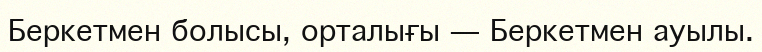
Беркетмен болысы, орталығы — Беркетмен ауылы.